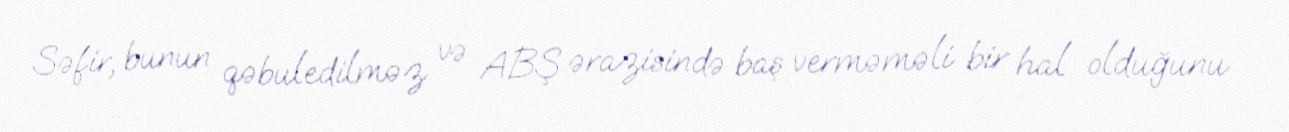
Səfir, bunun qəbuledilməz və ABŞ ərazisində baş verməməli bir hal olduğunu